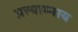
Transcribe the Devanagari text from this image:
प्रत्याम्नाय